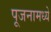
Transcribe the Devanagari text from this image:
पूजनामध्ये